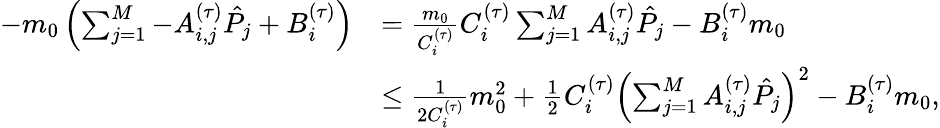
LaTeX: \begin{array}{rl}{-m_{0}\left(\sum_{j=1}^{M}-A_{i,j}^{(\tau)}\hat{P_{j}}+B_{i}^{(\tau)}\right)}&{=\frac{m_{0}}{C_{i}^{(\tau)}}C_{i}^{(\tau)}\sum_{j=1}^{M}A_{i,j}^{(\tau)}\hat{P_{j}}-B_{i}^{(\tau)}m_{0}}\\ &{\leq\frac{1}{2C_{i}^{(\tau)}}m_{0}^{2}+\frac{1}{2}C_{i}^{(\tau)}\left(\sum_{j=1}^{M}A_{i,j}^{(\tau)}\hat{P_{j}}\right)^{2}-B_{i}^{(\tau)}m_{0},}\end{array}